Senior Leaving Certificate Examination (including Day School Certificate (Higher) General paper), 1948
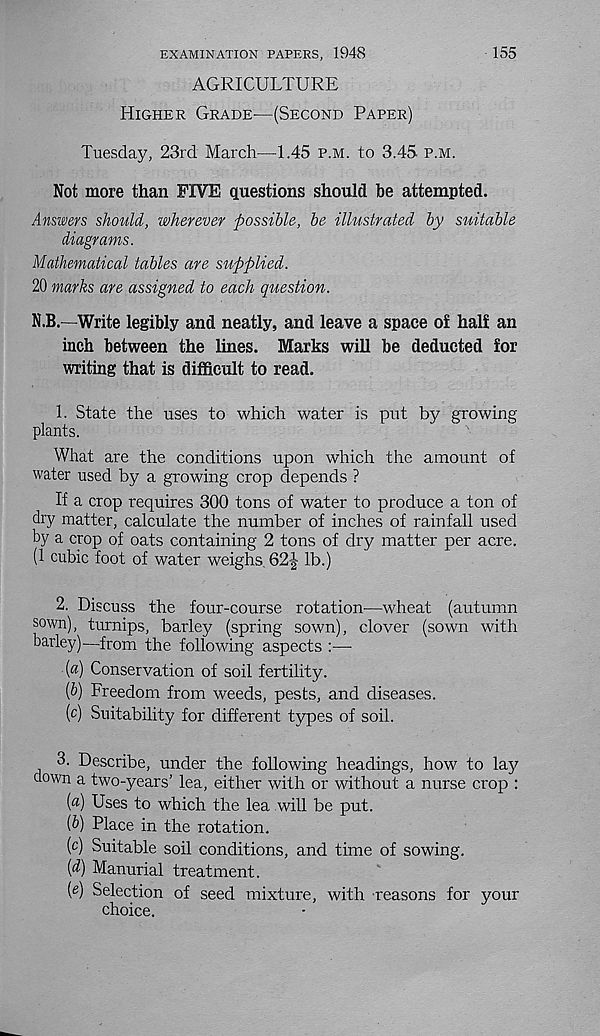
EXAMINATION PAPERS, 1948
155
AGRICULTURE
Higher Grade-—(Second Paper)
Tuesday, 23rd March—1.45 p.m. to 3.45 p.m.
Not more than FIVE questions should be attempted.
Answers should, wherever possible, be illustrated by suitable
diagrams.
Mathematical tables are supplied.
20 marks are assigned to each question.
N.B.—Write legibly and neatly, and leave a space ol hall an
inch between the lines. Marks will be deducted for
writing that is difficult to read.
1. State the uses to which water is put by growing
plants.
What are the conditions upon which the amount of
water used by a growing crop depends ?
If a crop requires 300 tons of water to produce a ton of
dry matter, calculate the number of inches of rainfall used
by a crop of oats containing 2 tons of dry matter per acre.
(1 cubic foot of water weighs 62J lb.)
2. Discuss the four-course rotation—wheat (autumn
sown), turnips, barley (spring sown), clover (sown with
barley)—-from the following aspects :—
\a) Conservation of soil fertility.
[b) Freedom from weeds, pests, and diseases.
(c) Suitability for different types of soil.
3. Describe, under the following headings, how to la}?
down a two-years' lea, either with or without a nurse crop :
( a ) Uses to which the lea will be put.
(b) Place in the rotation.
(c) Suitable soil conditions, and time of sowing.
(d) Manurial treatment.
(e) Selection of seed mixture, with reasons for your
choice.